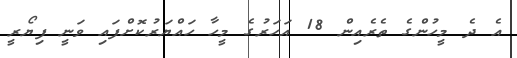
އެ ދެ މީހުންގެ ތެރެއިން 18 އަހަރުގެ މީހާ ހައްޔަރުކޮށްފައި ވަނީ ފިޔޯރީ